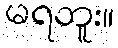
မရဘူး။